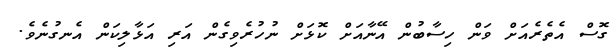
ގޮސް އެތެރެއަށް ވަން ހިސާބުން އޭނާއަށް ކޮޅަށް ނުހުރެވިގެން އަރި އަޅާލިކަން އެނގުނެވެ.